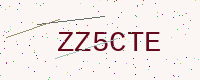
Text: ZZ5CTE